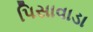
પિસાવાડા